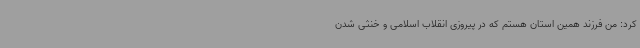
کرد: من فرزند همین استان هستم که در پیروزی انقلاب اسلامی و خنثی شدن